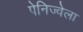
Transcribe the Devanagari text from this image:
पेनिज्वेला